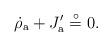
LaTeX: \begin{align*}\dot \rho _{{\rm a}}+J_{{\rm a}}^{\prime }\stackrel{\circ }{=}0.\end{align*}